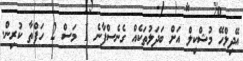
އޭދިލްހޭ މުޝްކިލް އަށް ބަދަލުތަކެއް ގެނެސްފާނެ 1 މަސް 2 ހަފްތާ ކުރިން.